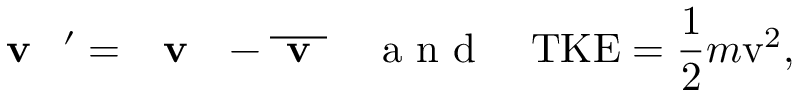
\textbf { { v } } ^ { \prime } = \textbf { { v } } - \overline { { \textbf { v } } } \quad \mathrm { ~ a ~ n ~ d ~ } \quad \mathrm { T K E } = \frac { 1 } { 2 } m \mathrm { v } ^ { 2 } ,